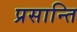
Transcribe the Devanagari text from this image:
प्रसान्ति